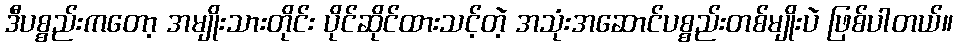
ဒီပစ္စည်းကတော့ အမျိုးသားတိုင်း ပိုင်ဆိုင်ထားသင့်တဲ့ အသုံးအဆောင်ပစ္စည်းတစ်မျိုးပဲ ဖြစ်ပါတယ်။